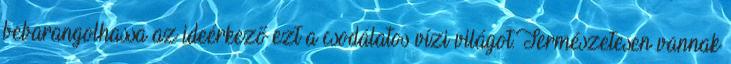
bebarangolhassa az ideérkező ezt a csodálatos vízi világot.Természetesen vannak